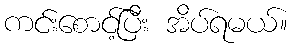
ကင်းစောင့်ပြီး အိပ်ရမယ်။